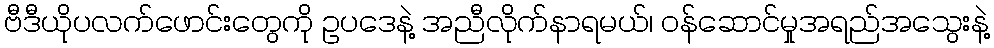
ဗီဒီယိုပလက်ဖောင်းတွေကို ဥပဒေနဲ့ အညီလိုက်နာရမယ်၊ ဝန်ဆောင်မှုအရည်အသွေးနဲ့